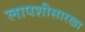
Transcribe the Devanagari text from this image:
लापशीसारखा